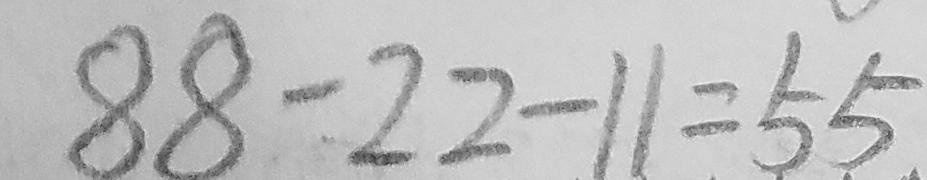
8 8 - 2 2 - 1 1 = 5 5